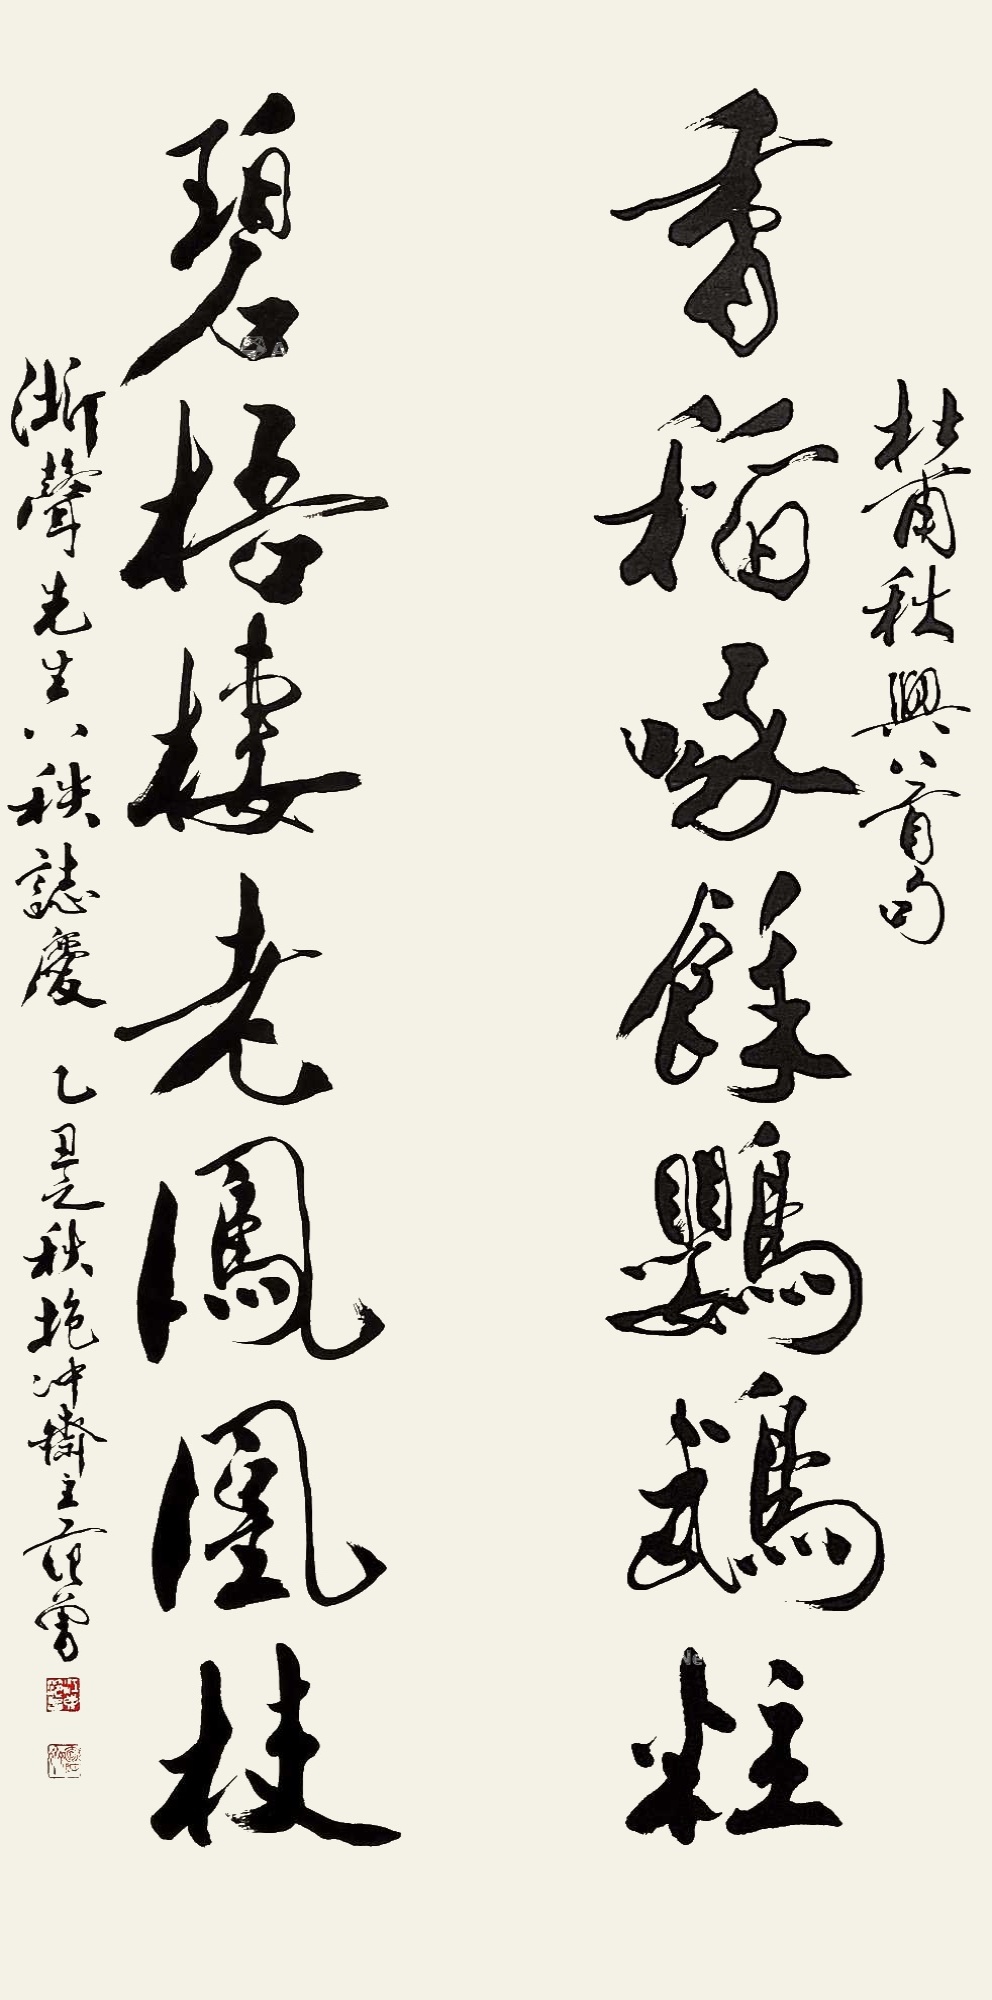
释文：香稻啄余鹦鹉粒，碧梧栖老凤凰枝。杜甫秋兴八首句，浙声先生八秩志庆，乙丑（1985）之秋抱冲斋主范曾。